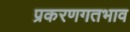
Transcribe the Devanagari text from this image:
प्रकरणगतभाव